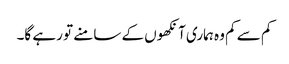
کم سے کم وہ ہماری آنکھوں کے سامنے تو رہے گا۔